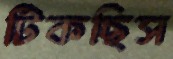
টিকছিস